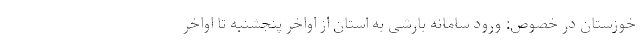
خوزستان در خصوص: ورود سامانه بارشی به استان از اواخر پنجشنبه تا اواخر